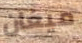
ميغان